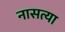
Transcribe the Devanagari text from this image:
नासत्या